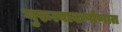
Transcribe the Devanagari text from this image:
गुरुत्वाकर्षाणात